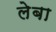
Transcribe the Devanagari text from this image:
लेबा